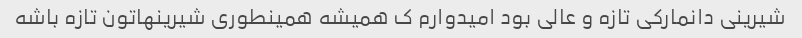
شیرینی دانمارکی تازه و عالی بود امیدوارم ک همیشه همینطوری شیرینهاتون تازه باشه